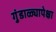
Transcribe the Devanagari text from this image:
गुंडाळ्यापेक्षा